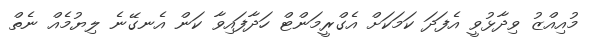
މުއިއްޒު ވިދާޅުވީ އެފަދަ ކަމަކަށް އެގްރީމަންޓް ހަދާފައިވާ ކަން އެނގޭނެ ލިޔުމެއް ނެތް